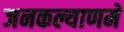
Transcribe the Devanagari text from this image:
जनकल्याणमे